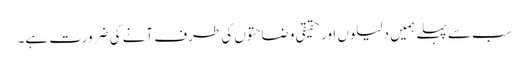
سب سے پہلے ہمیں دلیلوں اور حقیقی وضاحتوں کی طرف آنے کی ضرورت ہے۔